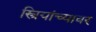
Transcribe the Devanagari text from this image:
स्त्रियांच्यावर